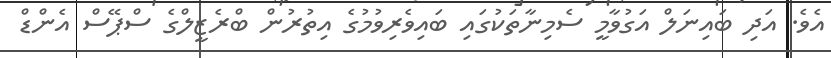
އެވެ. އަދި ބައިނަލް އަގުވާމީ ސެމިނާތަކުގައި ބައިވެރިވުމުގެ އިތުރުން ބްރެޒީލްގެ ސްޕޭސް އެންޑް